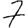
Digit: 7